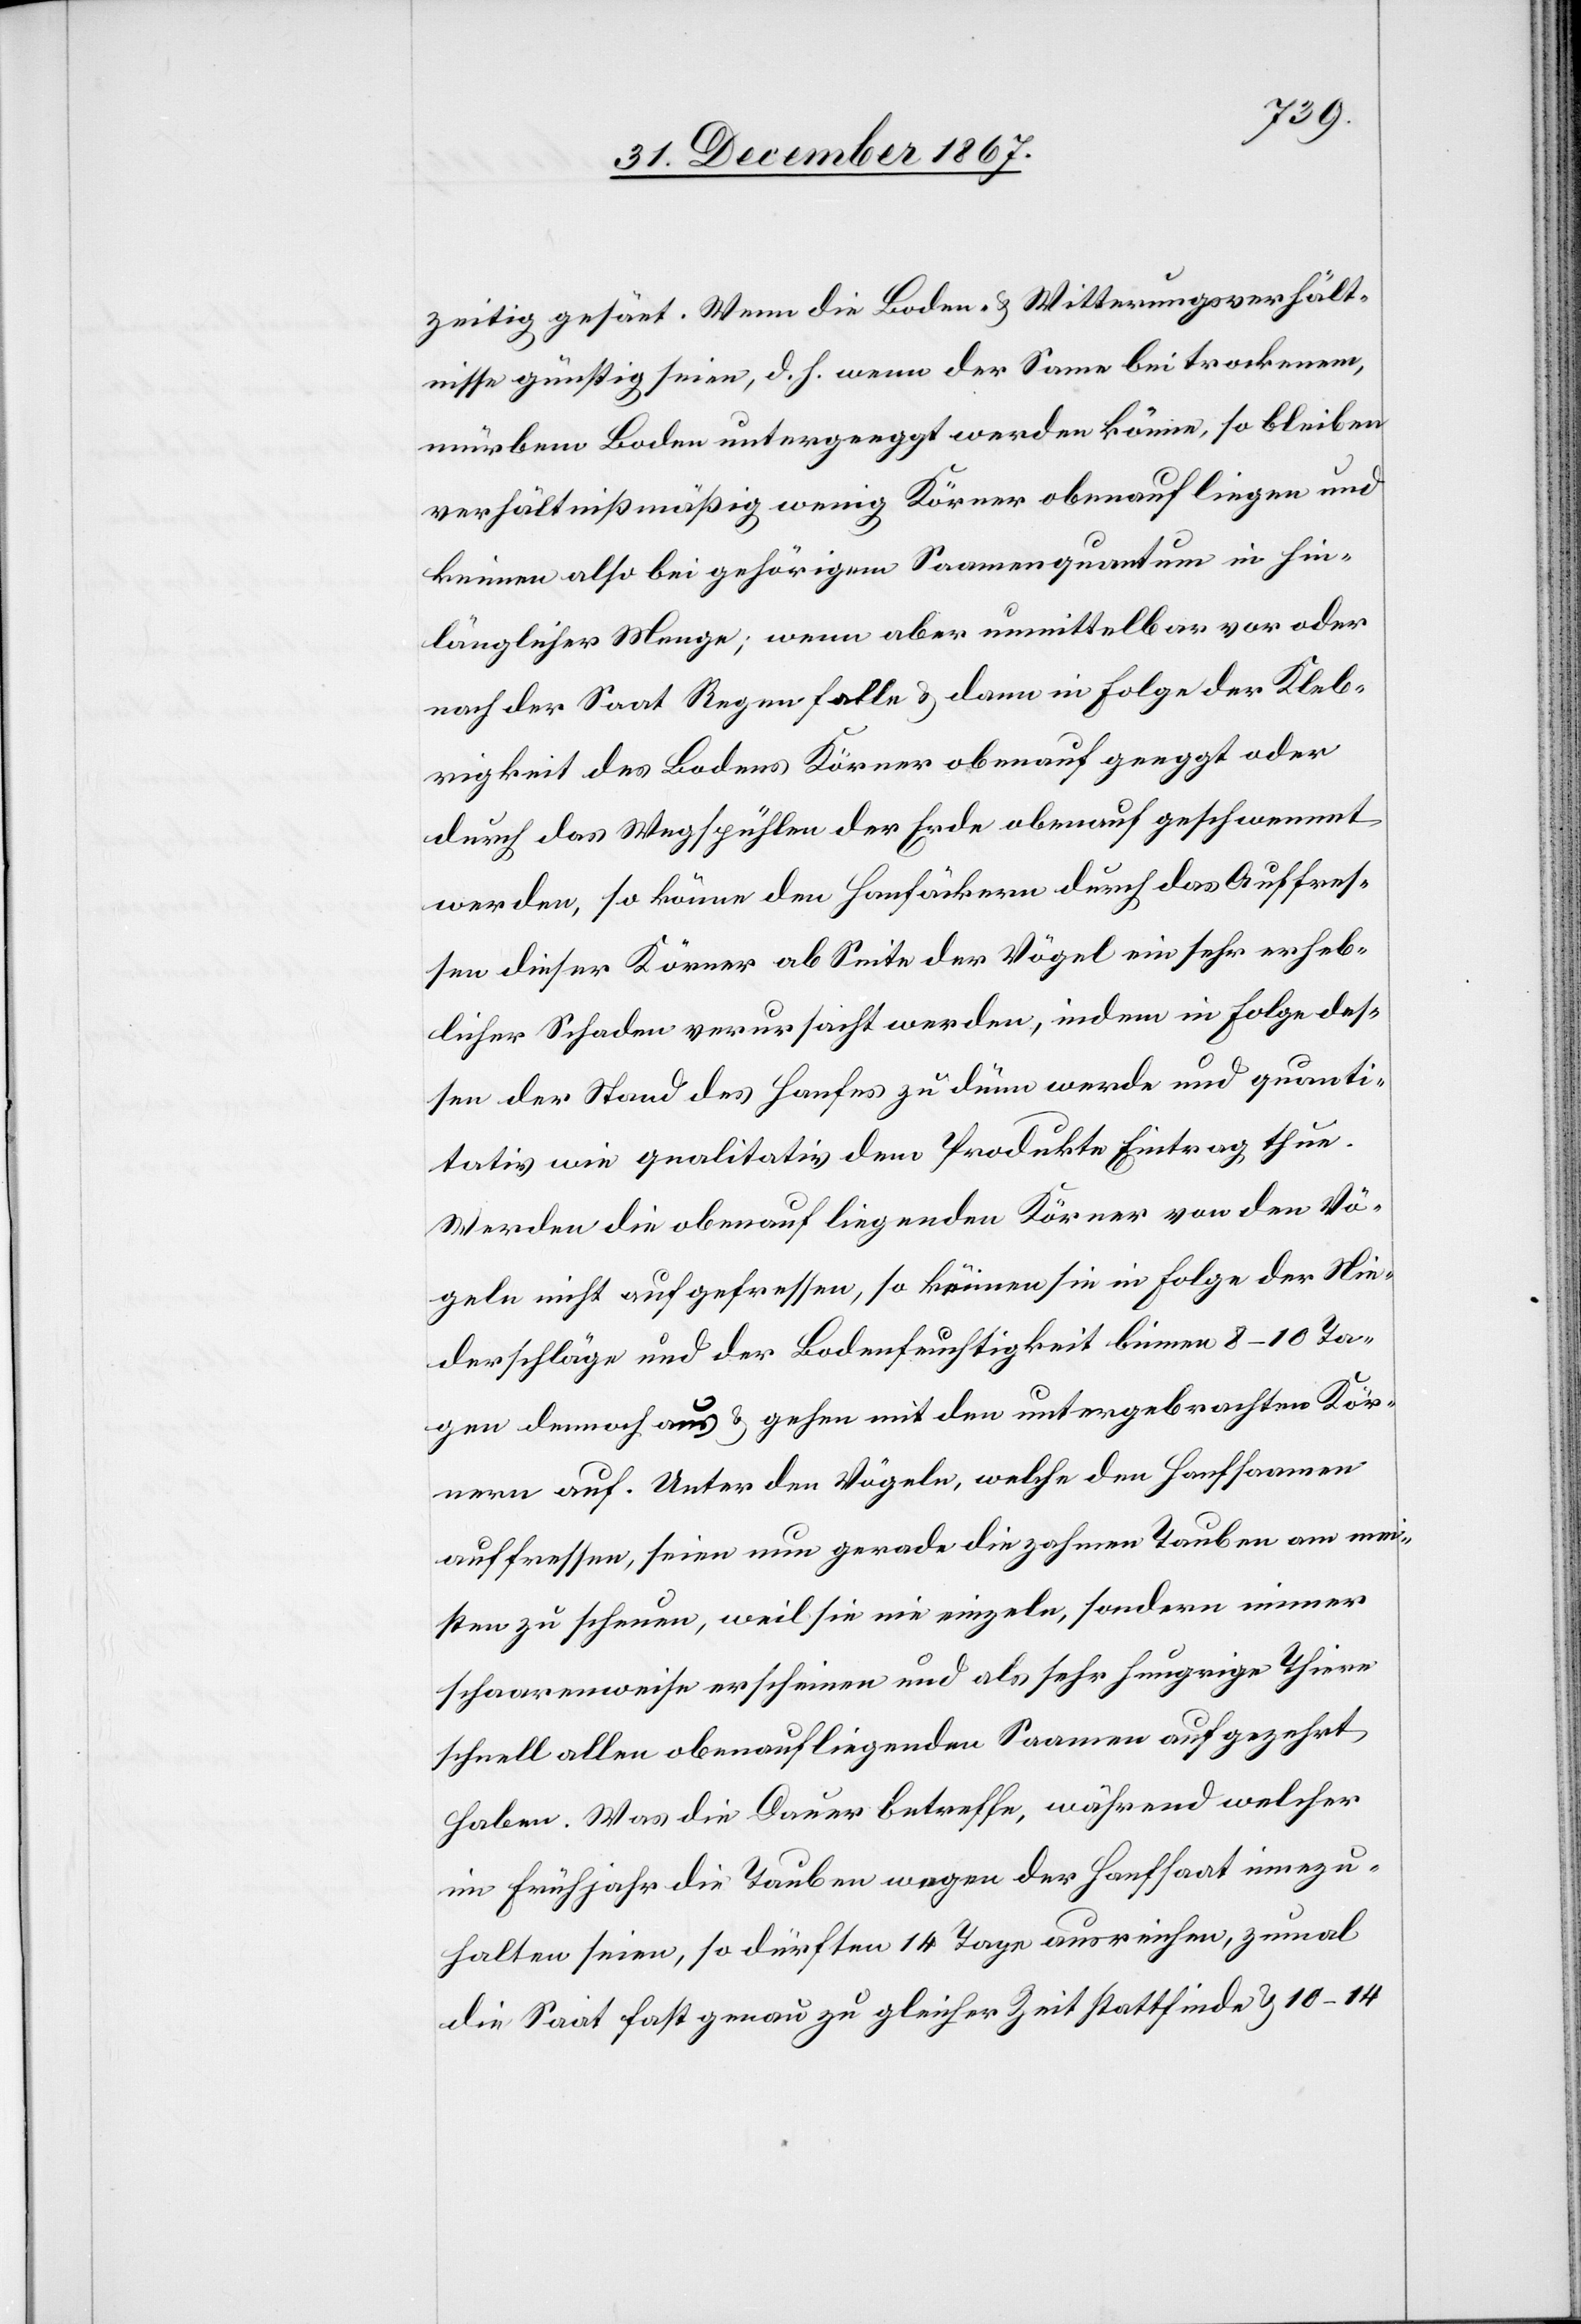
zeitig gesäet. Wenn die Boden- u. Witterungsverhält¬
nisse günstig seien, d. h. wenn der Same bei trockenem,
mürbem Boden untergeeggt werden könne, so bleiben
verhältnißmäßig wenig Körner obenauf liegen und
keimen also bei gehörigem Saamenquantum in hin¬
länglicher Menge; wenn aber unmittelbar vor oder
nach der Saat Regen falle u. dann in Folge der Kleb¬
rigkeit des Bodens Körner obenauf geeggt oder
durch das Wegspühlen der Erde obenauf geschwemmt
werden, so könne den Hanfäckern durch das Auffres¬
sen dieser Körner ab Seite der Vögel ein sehr erheb¬
licher Schaden verursacht werden, indem in Folge des¬
sen der Stand des Hanfes zu dünn werde und quanti¬
tativ wie qualitativ dem Produkte Eintrag thue.
Werden die obenauf liegenden Körner von den Vö¬
geln nicht aufgefressen, so keimen sie in Folge der Nie¬
derschläge und der Bodenfeuchtigkeit binnen 8–10 Ta¬
gen dennoch aus u. gehen mit den untergebrachten Kör¬
nern auf. Unter den Vögeln, welche den Hanfsaamen
auffressen, seien nun gerade die zahmen Tauben am mei¬
sten zu scheuen, weil sie nie einzeln, sondern immer
schaarenweise erscheinen und als sehr hungrige Thiere
schnell allen obenaufliegenden Saamen aufgezehrt
haben. Was die Dauer betreffe, während welcher
im Frühjahr die Tauben wegen der Hanfsaat innezu¬
halten seien, so dürften 14 Tage ausreichen, zumal
die Saat fast genau zu gleicher Zeit stattfinde u. 10–14